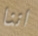
اننا